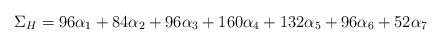
LaTeX: \begin{align*}\Sigma_H = 96\alpha_{1} + 84\alpha_{2} + 96\alpha_{3} + 160\alpha_{4} +132\alpha_{5} + 96\alpha_{6} + 52\alpha_{7}\end{align*}